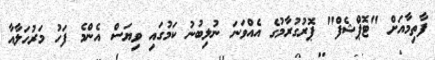
ފާތިމާއަށް "ޓޮޕްޝެފް" ޕޮރުގުރާމުގެ އެއްވަނަ ނުލިބުނު ކަމުގައި ވިޔަސް އެންމެ ފަހު މަރުހަލާއާ